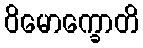
ဝိမောက္ခောတိ